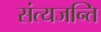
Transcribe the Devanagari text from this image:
संत्यजन्ति